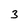
Character: 3